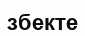
збекте